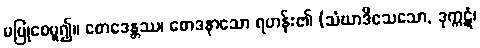
မပြုစေမူ၍။ စောဒေန္တဿ၊ စောဒနာသော ရဟန်း၏ (သံဃာဒိသေသော, ဒုက္ကဋံ၊